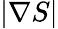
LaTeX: \vert\nabla S\vert